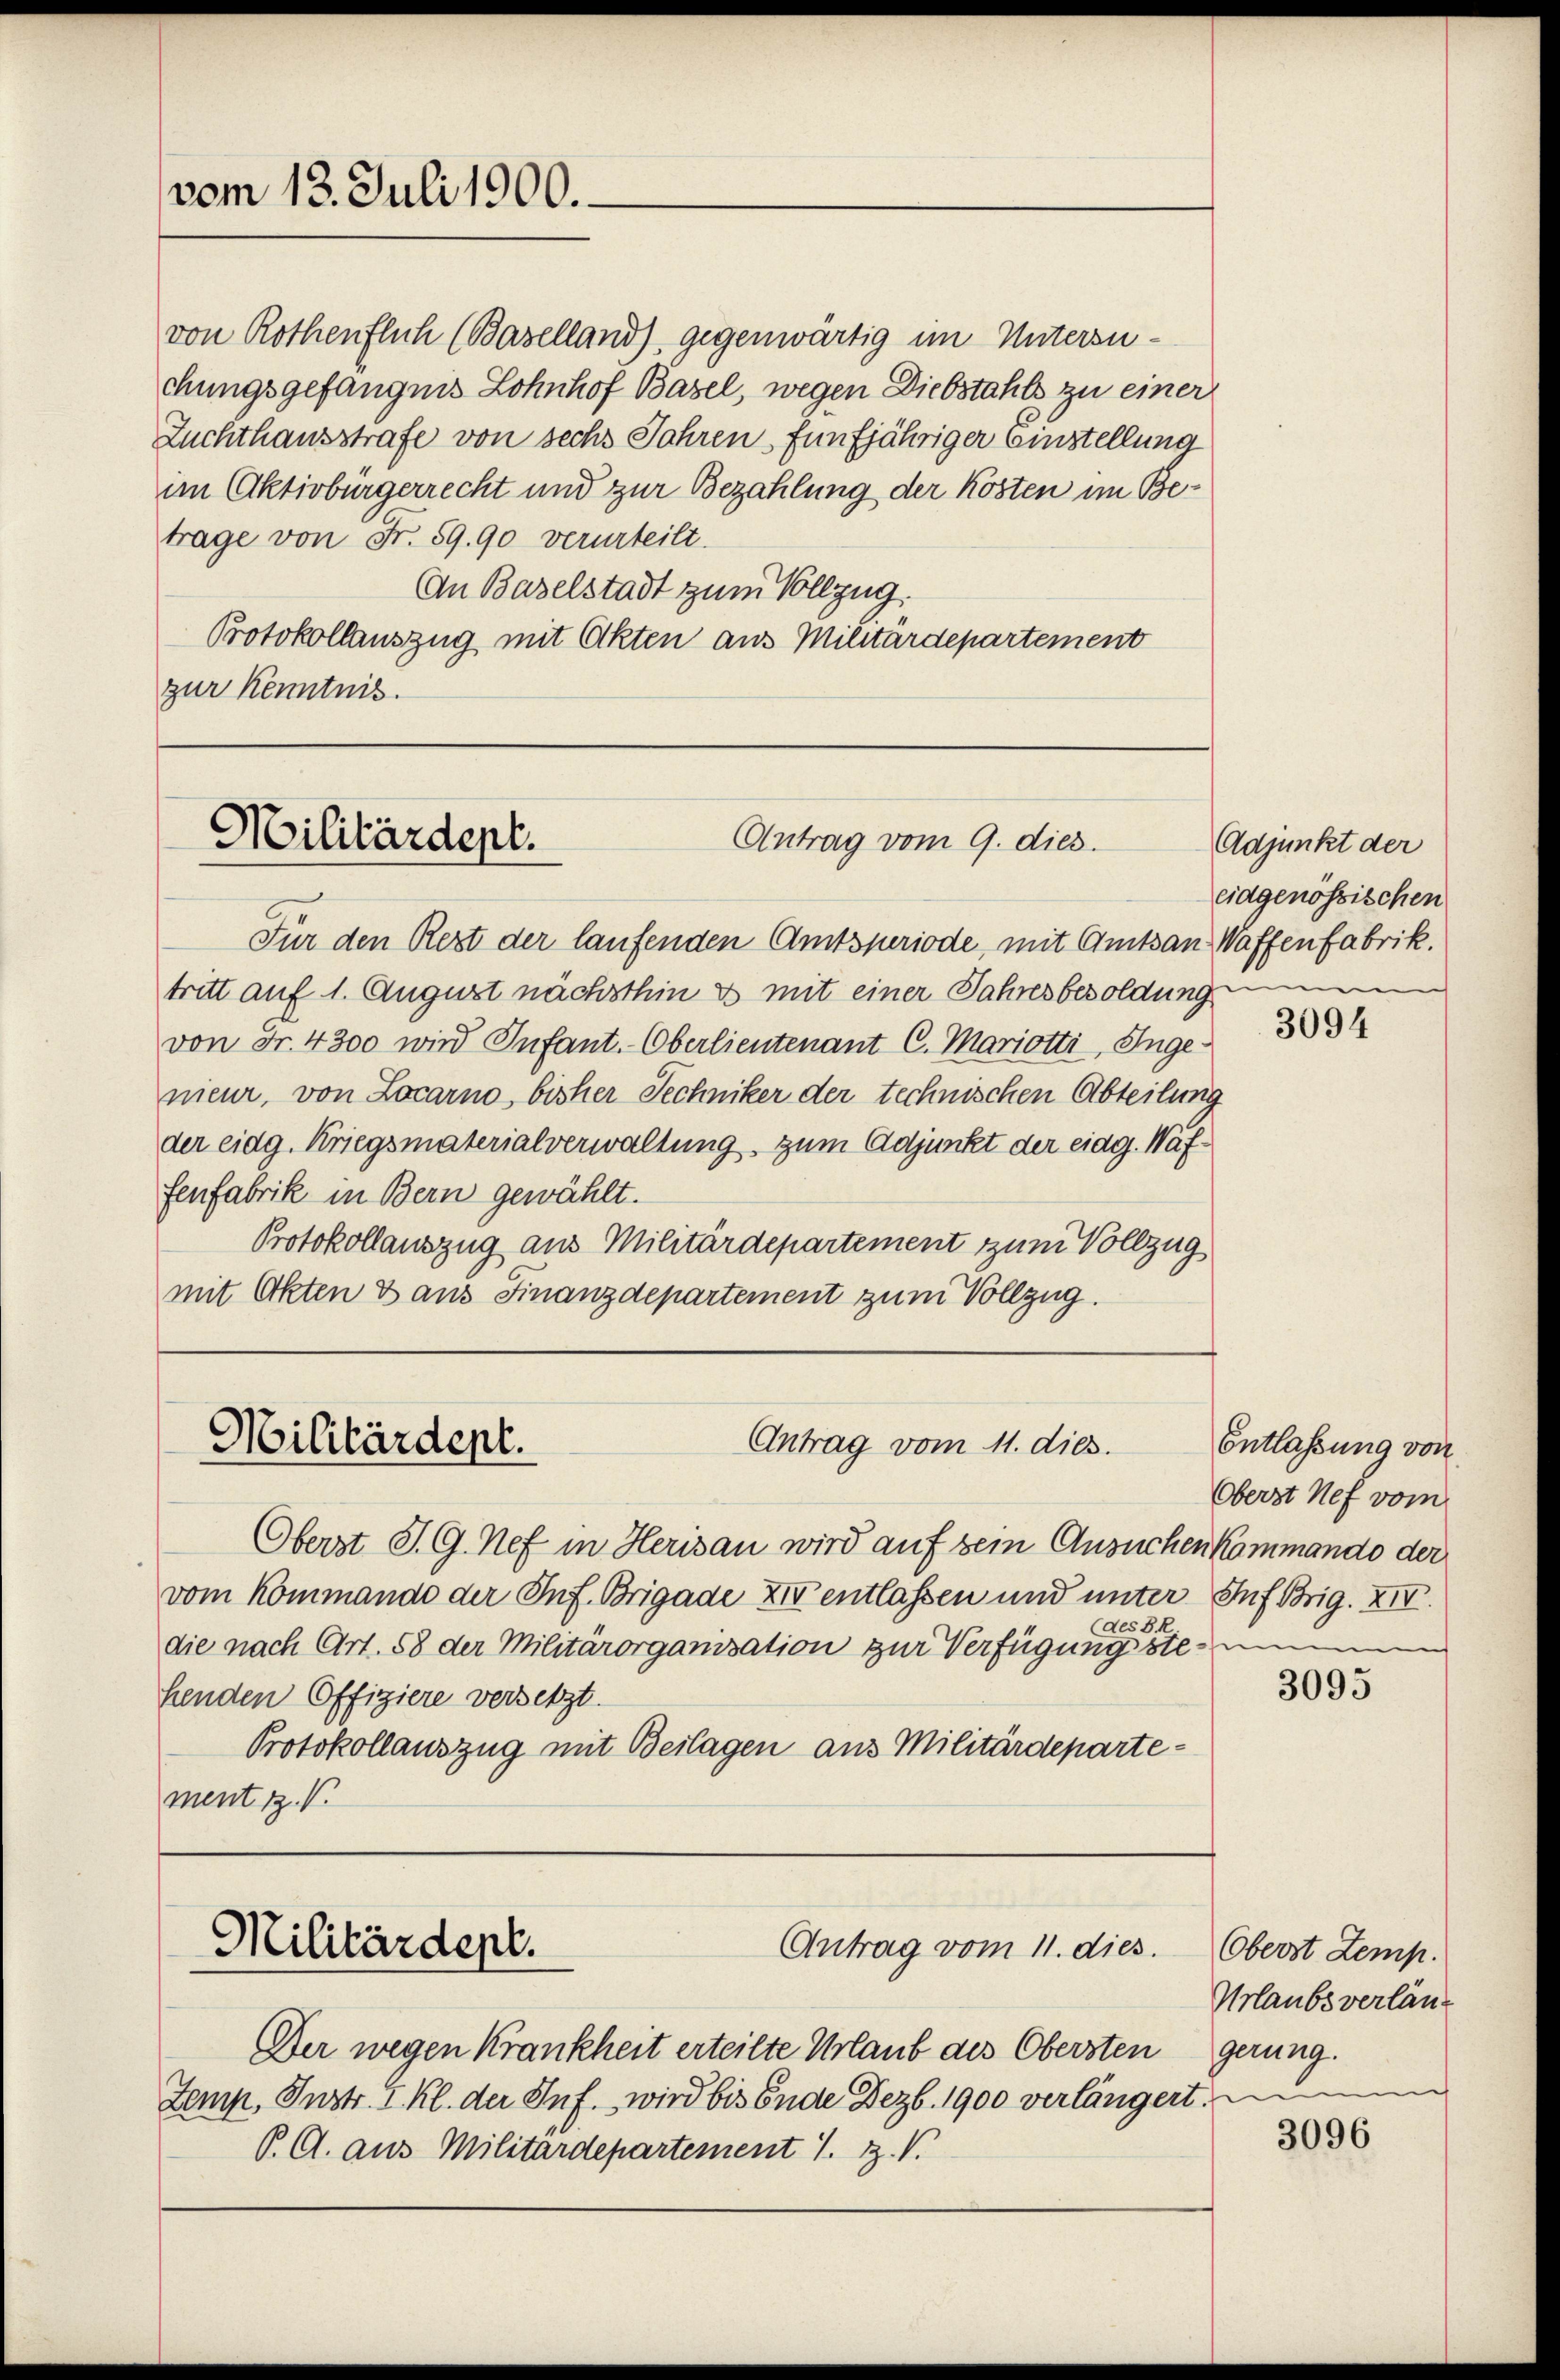
vom 13. Juli 1900.

von Rothenflich (Baselland), gegenwärtig im Untersuchungsgefängnis Lohnhof Basel, wegen Diebstahls zu einer
Zuchthausstrafe von sechs Jahren fünfjähriger Einstellung
im Aktivbürgerrecht und zur Bezahlung der Kosten im Betrage von Fr. 59.90 verurteilt.
An Baselstadt zum Vollzug.
Protokollauszug mit Okten aus Militärdepartement
zur Kenntnis.

Militärdept.
Antrag vom 9. dies

Für den Rezt der laufenden Amtsperiode, mit Amtsan Waffenfabrik.
tritt auf 1. August nächsthin es mit einer Jahresbesoldung
von Fr. 4300 wird Infant. Oberlieutenant C. Mariotti, Ingenieur, von Locarno, bisher Techniker der technischen Abteilung
der eidg. Kriegsmaterialverwaltung, zum Adjunkt der eidg. Waffenfabrik in Bern gewählt.
Protokollauszug aus Militärdepartement zum Vollzug
mit Okten & aus Finanzdepartement zum Vollzug.

Antrag vom 11. dies.
Militärdept.

Militärdept.
Antrag vom 11. dies. Oberst Zemp.

Der wegen Krankheit erteilte Urlaub des Obersten gerung.
Zemp, Instr. I. Kl. der Suf. wird bis Ende Dez. 1900 verlängert.
P. G. aus Militärdepartement J. Z. V.

Adjunkt der
eidgenössischen

Oberst P. G. Nef in Herisau wird auf dem Ansuchen Kommando der
vom Kommando der Inf. Brigade zu entlassen und unter Inf Brig. XIV.
des PR.
die nach Art. 58 der Militärorganisation zur Verfügungste nimmen
henden Offiziere versetzt.
Protokollauszug mit Beilagen aus Militärdepartement z. V.

3094

Entlassung von
Oberst Nef vom

3095

Urlaubs verläng

3096